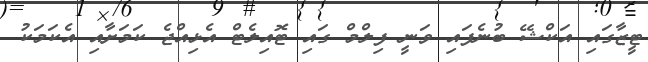
ޓީޒާގައި އަކްޝޭ ބުނެފައި ވަނީ ފިލްމް ގައި ޓޮއިލެޓް އެޅިއްޖެ ކަމަށާއި އެކަމަކު